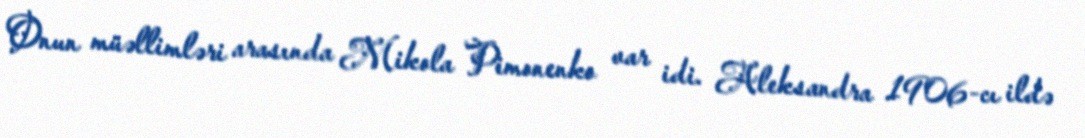
Onun müəllimləri arasında Mikola Pimonenko var idi. Aleksandra 1906-cı ildə